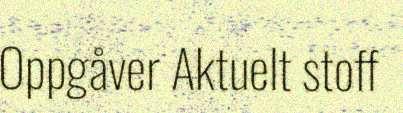
Oppgåver Aktuelt stoff